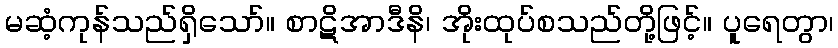
မဆံ့ကုန်သည်ရှိသော်။ စာဋိအာဒီနိ၊ အိုးထုပ်စသည်တို့ဖြင့်။ ပူရေတွာ၊